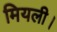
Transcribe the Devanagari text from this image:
मियली।